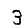
Digit: 3